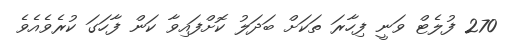
270 ފުލެޓް ވަނީ ފިހާރަ ތަކަށް ބަދަލު ކޮށްފައިވާ ކަން ފާހަގަ ކުރެވެއެވެ